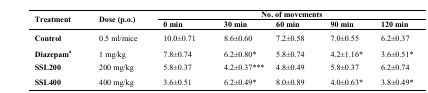
<table><thead><tr><td rowspan="2"><b>Treatment</b></td><td rowspan="2"><b>Dose (p.o.)</b></td><td colspan="5"><b>No. of movements</b></td></tr><tr><td><b>0 min</b></td><td><b>30 min</b></td><td><b>60 min</b></td><td><b>90 min</b></td><td><b>120 min</b></td></tr></thead><tbody><tr><td><b>Control</b></td><td>0.5 ml/mice</td><td>10.0±0.71</td><td>8.6±0.60</td><td>7.2±0.58</td><td>7.0±0.55</td><td>6.2±0.37</td></tr><tr><td><b>Diazepam</b>a</td><td>1 mg/kg</td><td>7.8±0.74</td><td>6.2±0.80*</td><td>5.8±0.74</td><td>4.2±1.16*</td><td>3.6±0.51*</td></tr><tr><td><b>SSL200</b></td><td>200 mg/kg</td><td>5.8±0.37</td><td>4.2±0.37***</td><td>4.8±0.49</td><td>5.8±0.37</td><td>6.2±0.74</td></tr><tr><td><b>SSL400</b></td><td>400 mg/kg</td><td>3.6±0.51</td><td>6.2±0.49*</td><td>8.0±0.89</td><td>4.0±0.63*</td><td>3.8±0.49*</td></tr></tbody></table>